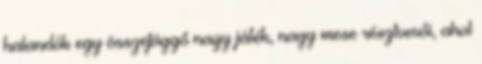
halandók egy összefüggő nagy játék, nagy mese résztvevői, ahol